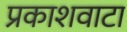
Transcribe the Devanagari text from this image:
प्रकाशवाटा